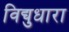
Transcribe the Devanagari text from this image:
विद्युधारा